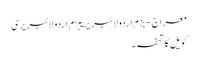
معراج - بزم اردو لائبریریبزم اردو لائبریری
کویل کا تحفہ ۔